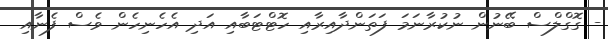
- ގޮގްލްސް ބޭނުން ނުކުރާނަމަ ފަތަންދާއިރާއި ހޮޓްޓަބާއި އަދި އެހެނިހެން ވެސް ފެނާއި